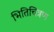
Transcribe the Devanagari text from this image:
भितिचित्रण